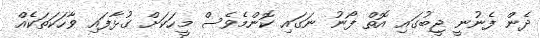
ދެން ފެނުނީ ޖީބުގައި އޮތް ފޯނު ނަގައި ކޮންމެވެސް މީހަކަށް ގުޅާފައި ވާހަކަތަކެއް